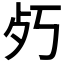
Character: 𭭿